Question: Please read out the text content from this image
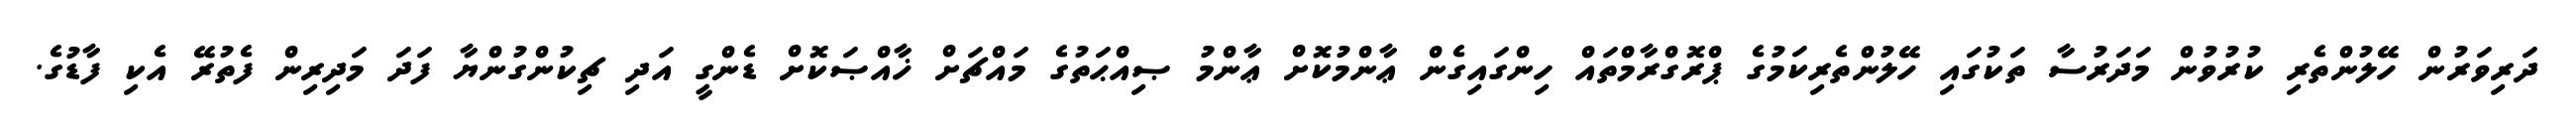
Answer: ދަރިވަރުން ހޭލުންތެރި ކުރުވުން މަދަރުސާ ތަކުގައި ހޭލުންތެރިކަމުގެ ޕްރޮގްރާމްތައް ހިންގައިގެން ޢާންމުކޮށް ޢާންމު ޞިއްޙަތުގެ މައްޗަށް ޚާއްޞަކޮށް ޑެންގީ އަދި ޗިކުންގުންޔާ ފަދަ މަދިރިން ފެތުރޭ އެކި ފާޑުގެ.